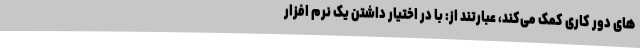
های دور کاری کمک می‌کند، عبارتند از: با در اختیار داشتن یک نرم افزار